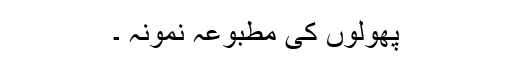
پھولوں کی مطبوعہ نمونہ ۔